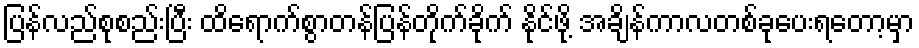
ပြန်လည်စုစည်းပြီး ထိရောက်စွာတန်ပြန်တိုက်ခိုက် နိုင်ဖို့ အချိန်ကာလတစ်ခုပေးရတော့မှာ